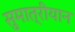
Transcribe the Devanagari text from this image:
सुमात्रीयान